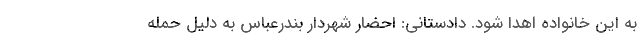
به این خانواده اهدا شود. دادستانی: احضار شهردار بندرعباس به دلیل حمله